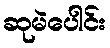
ဆုမဲပေါင်း